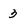
Character: 3